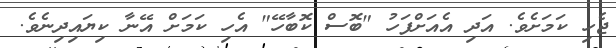
ޖެހި ކަމަށެވެ. އަދި އެއަށްފަހު "ބޮސް ކޮބާހޭ" އެހި ކަމަށް އޭނާ ކިޔައިދިނެވެ.